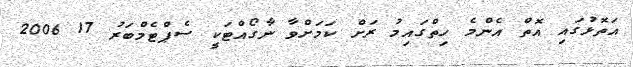
އަތޮޅުގައި އޮތް އެންމެ ހިތްގައިމު ރަށް ކަމަށްވާ ނާގޯއްޓަކީ ސެޕްޓެމްބަރު 17 2006